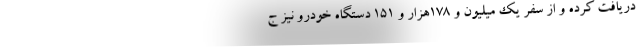
دریافت کرده و از سفر یک میلیون و ۱۷۸هزار و ۱۵۱ دستگاه خودرو نیز ج